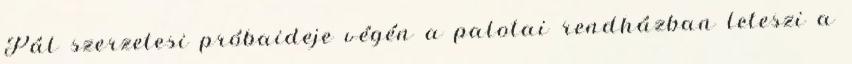
Pál szerzetesi próbaideje végén a palotai rendházban leteszi a